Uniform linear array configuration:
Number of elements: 4
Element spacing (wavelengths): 1
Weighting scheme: uniform
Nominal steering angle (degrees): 0
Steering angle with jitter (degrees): -0.5537
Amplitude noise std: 0.05
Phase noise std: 0.05

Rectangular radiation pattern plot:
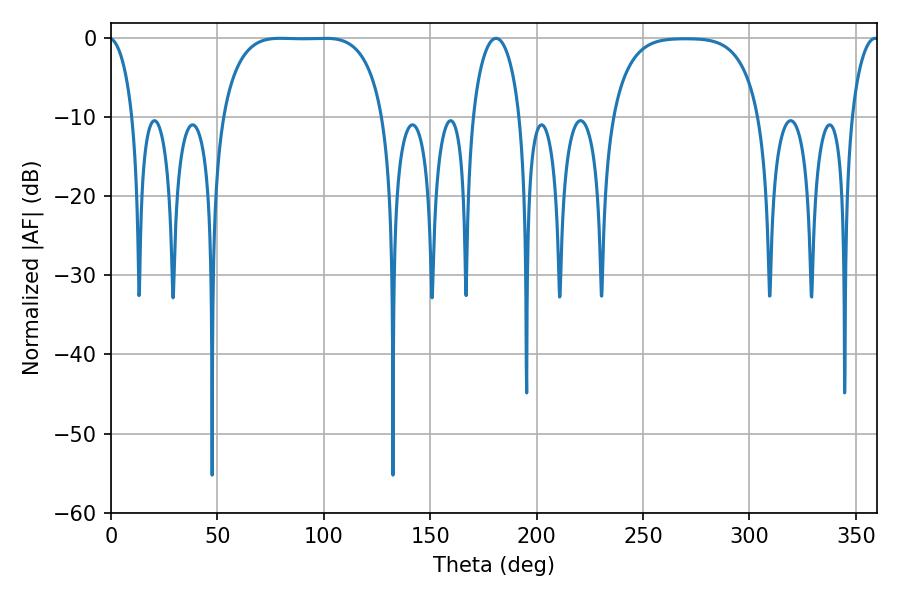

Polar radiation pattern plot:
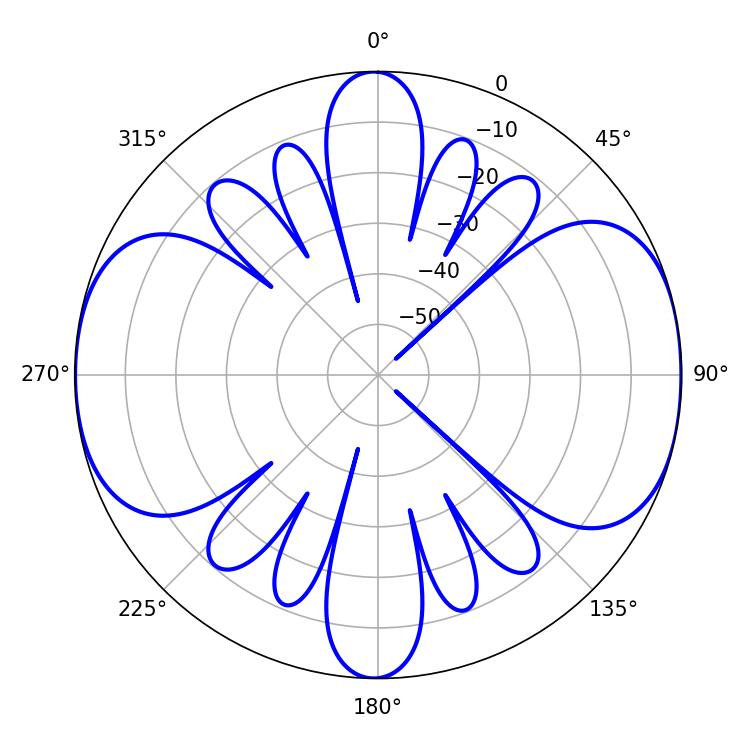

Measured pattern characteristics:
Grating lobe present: TRUE
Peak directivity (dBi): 11.853
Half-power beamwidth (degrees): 58.68
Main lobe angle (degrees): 79.74